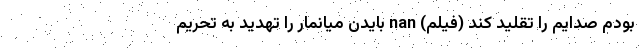
بودم صدایم را تقلید کند (فیلم) nan بایدن میانمار را تهدید به تحریم